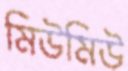
মিউমিউ